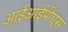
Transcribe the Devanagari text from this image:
आईआईपीएस